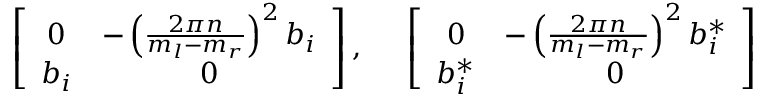
\left[ \begin{array} { c c } { { 0 } } & { { - \left( { \frac { 2 \pi n } { m _ { l } - m _ { r } } } \right) ^ { 2 } b _ { i } } } \\ { { b _ { i } } } & { { 0 } } \end{array} \right] , \; \; \; \; \; \left[ \begin{array} { c c } { { 0 } } & { { - \left( { \frac { 2 \pi n } { m _ { l } - m _ { r } } } \right) ^ { 2 } b _ { i } ^ { * } } } \\ { { b _ { i } ^ { * } } } & { { 0 } } \end{array} \right]